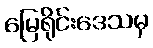
မြေရိုင်းဒေသမှ